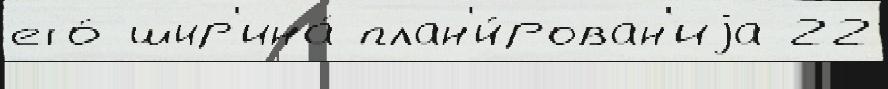
его́ шир'ина́ план'и́рован'иjа 22